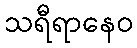
သရီရာနေဝ